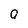
Character: a